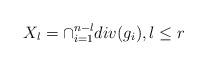
LaTeX: \begin{align*}X_l=\cap_{i=1}^{n-l} div(g_i), l\leq r\end{align*}